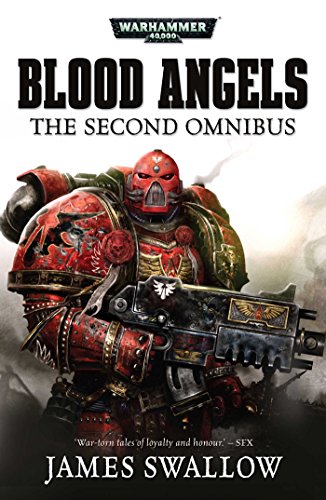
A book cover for Blood Angels: The Second Omnibus; James Swallow; Science Fiction & Fantasy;